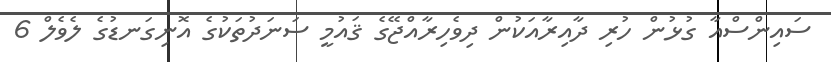
ސައިންސްއާ ގުޅުން ހުރި ދާއިރާއަކުން ދިވެހިރާއްޖޭގެ ޤައުމީ ސަނަދުތަކުގެ އޮނިގަނޑުގެ ލެވެލް 6